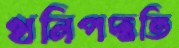
খনিপদ্ধতি